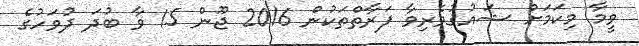
ވީމާ މިކަމަށް ޝައުޤުވެރިވާ ފަރާތްތަކުން 2016 ޖޫން 15 ވާ ބުދަ ދުވަހުގެ